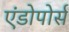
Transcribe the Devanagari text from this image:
एंडोपोर्स